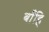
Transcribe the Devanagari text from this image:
बाँहि